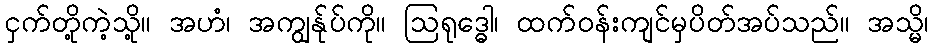
ငှက်တို့ကဲ့သို့။ အဟံ၊ အကျွန်ုပ်ကို။ ဩရုဒ္ဓေါ၊ ထက်ဝန်းကျင်မှပိတ်အပ်သည်။ အသ္မိ၊